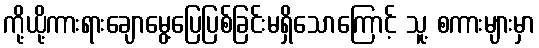
ကို့ယို့ကားရားချောမွေ့ပြေပြစ်ခြင်းမရှိသောကြောင့် သူ့ စကားများမှာ